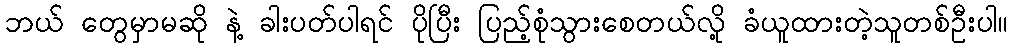
ဘယ် တွေမှာမဆို နဲ့ ခါးပတ်ပါရင် ပိုပြီး ပြည့်စုံသွားစေတယ်လို့ ခံယူထားတဲ့သူတစ်ဦးပါ။